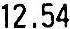
12.54